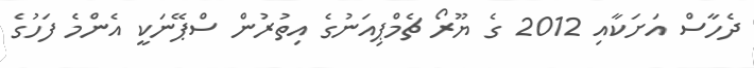
ދެހާސް އަށަކާއި 2012 ގެ ޔޫރޯ ޗެމްޕިއަނުގެ އިތުރުން ސްޕޭނަކީ އެންމެ ފަހުގެ